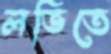
লভিতে